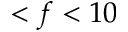
< f < 1 0